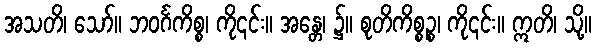
အသတိ၊ သော်။ ဘဝင်္ဂကိစ္စ၊ ကို၎င်း။ အန္တေ၊ ၌။ စုတိကိစ္စဉ္စ၊ ကို၎င်း။ ဣတိ၊ သို့။